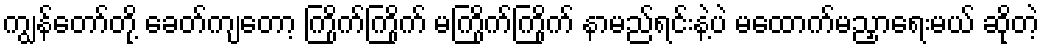
ကျွန်တော်တို့ ခေတ်ကျတော့ ကြိုက်ကြိုက် မကြိုက်ကြိုက် နာမည်ရင်းနဲ့ပဲ မထောက်မညှာရေးမယ် ဆိုတဲ့